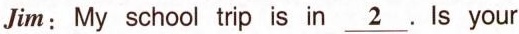
_Jim:My school trp is in _2.Ls your